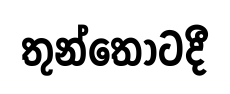
තුන්තොටදී